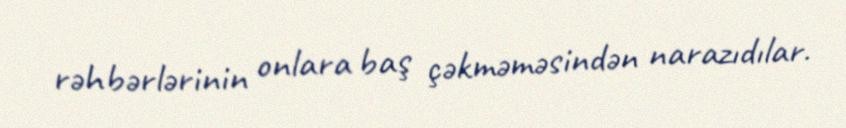
rəhbərlərinin onlara baş çəkməməsindən narazıdılar.